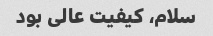
سلام، کیفیت عالی بود